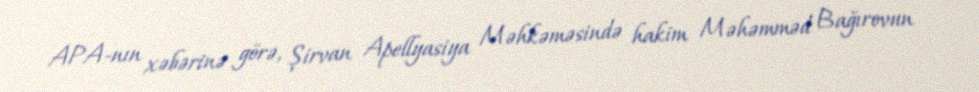
APA-nın xəbərinə görə, Şirvan Apellyasiya Məhkəməsində hakim Məhəmməd Bağırovun